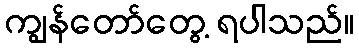
ကျွန်တော်တွေ့ ရပါသည်။